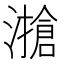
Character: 𰝔